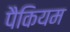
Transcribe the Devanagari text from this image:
पैकियम